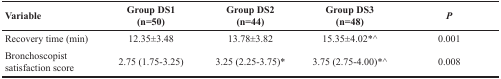
<table><thead><tr><td><b>Variable</b></td><td><b>Group DS1(n=50)</b></td><td><b>Group DS2(n=44)</b></td><td><b>Group DS3(n=48)</b></td><td><b><i>P</i></b></td></tr></thead><tbody><tr><td>Recovery time (min)</td><td>12.35±3.48</td><td>13.78±3.82</td><td>15.35±4.02*^</td><td>0.001</td></tr><tr><td>Bronchoscopist satisfaction score</td><td>2.75 (1.75-3.25)</td><td>3.25 (2.25-3.75)*</td><td>3.75 (2.75-4.00)*^</td><td>0.008</td></tr></tbody></table>